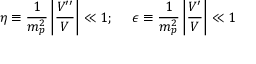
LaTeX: \eta \equiv \frac { 1 } { m _ { p } ^ { 2 } } \left| \frac { V ^ { \prime \prime } } { V } \right| \ll 1 ; ~ ~ ~ ~ \epsilon \equiv \frac { 1 } { m _ { p } ^ { 2 } } \left| \frac { V ^ { \prime } } { V } \right| \ll 1